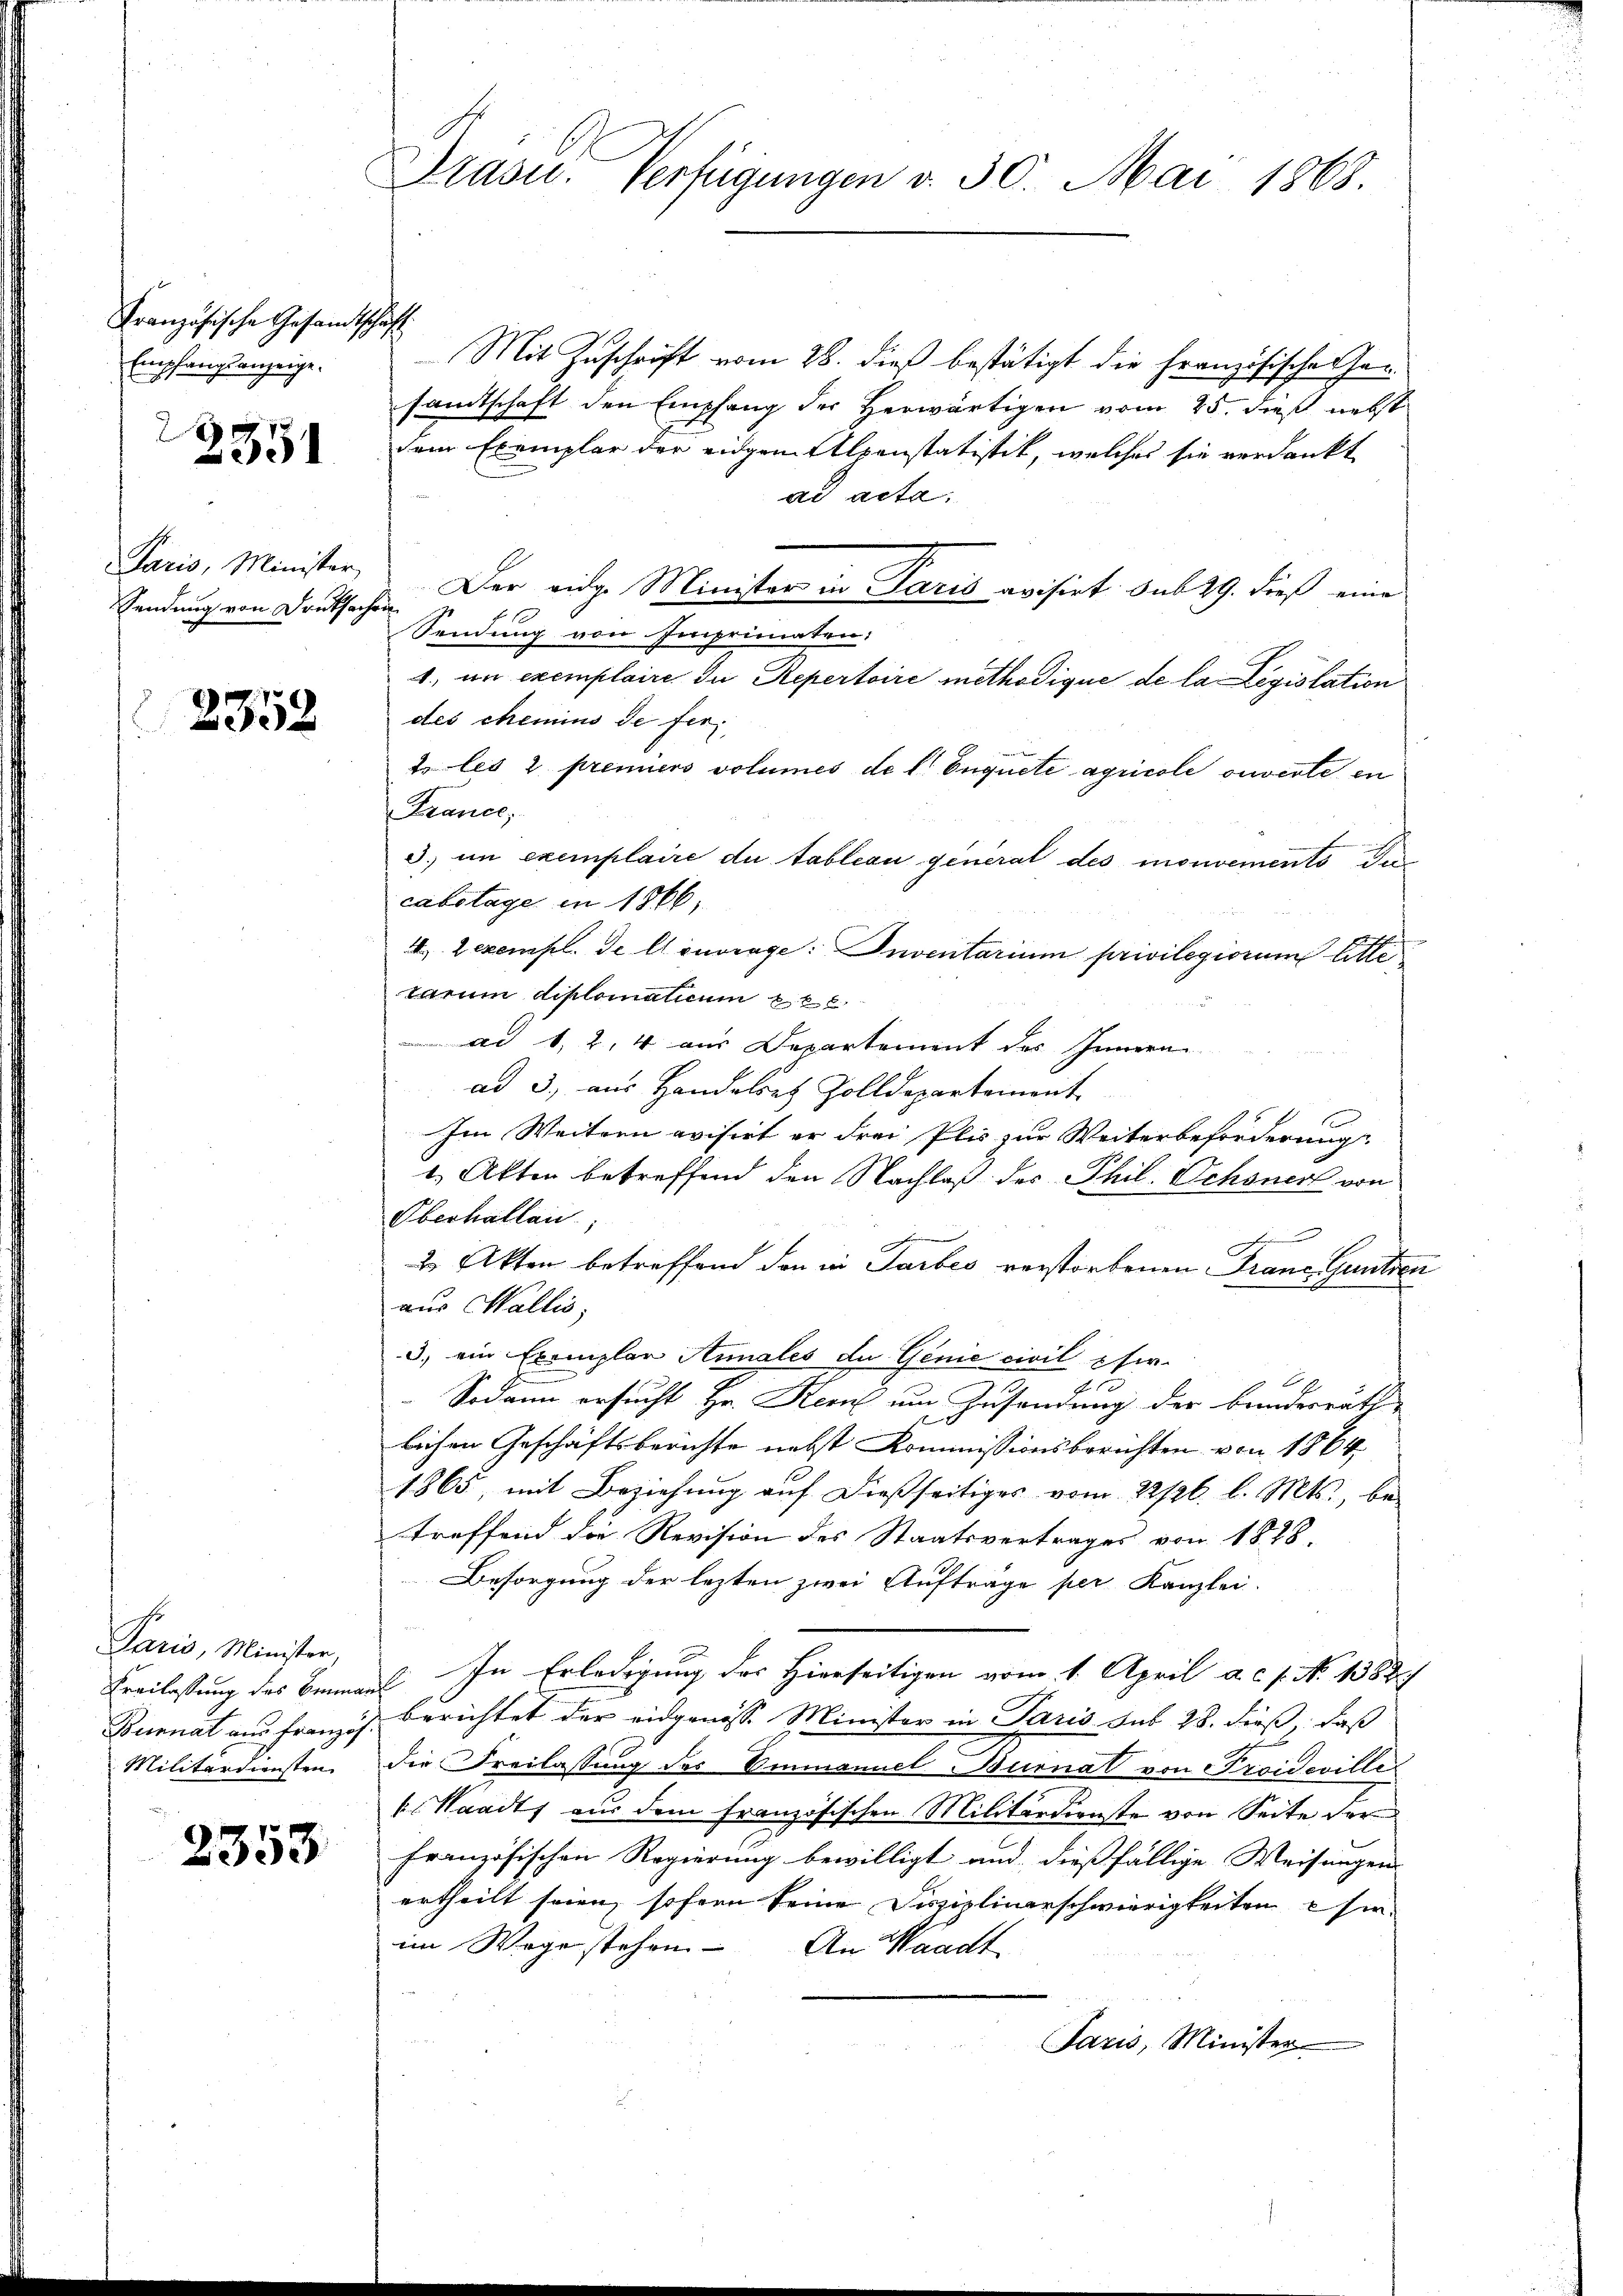
Französische Gesandtschäft
Empfangsanzeige.

3351

Paris, Minister,
Sendung von Druksar

2358

Paris, Minister,
Freilassung des Einna
Bunnat aus Französ
Militärdiensten.

2353

Präses Verfügungen d. 30. Mai 1863.

Mit Zuschrift vom 28. dieß bestätigt die französische Gen
samtschaft den Empfang der Herwärtigen vom 25. dieß nebst
dem Exemplar der eidgen Alpenstatistik, welches sie verdankt
ad acta.
Der eidge Minister in Paris avisirt. sub 29. dieß eine
bor
Sendung von Imprimaten:
1. in exemplaire du Repertoire methodique de la Legislation
des chemins de fer¬
2 les 2 premiers votumes de l. Enquete agricole ouverte in
Krance,
3.) in exemplaire du tableau general des mouvements das
cabstage in 1866,
Zexempl. de louvrage: Inventarium privilegiorum bitte
tarum diplomaticum pe
ad 1, 2, 4 aus Departement des Innern
ad 3., aus Handelres Zolldepartement
Im Weitern evisirt er drei Plis zur Weiterbeförderung
1.) Akten betreffend den Nachlaß des Phil. Schoner von
Oberhallen;
u Akten betreffend den in Taubes verstorbenen Franc Gantzen
aus Wallis,
3. ein Exemplar Annales de Genie civil per-
F
.
Sodann ersucht Hr. Keel um Zusendung der Banderrath
lichen Geschäftsberichte nebst Kommissionsberichten von 1864.
1865, mit Beziehung auf dießseitiges vom 22/26. l. Mts., be
treffend die Revision des Staatsvertrages von 1828.
Besorgung der lezten zwei Aufträge per Kanzlei-
l. In Erledigung des Hierseitigen vom 1. April a. c. s. No 1382
berichtet der eidgenosse Minister in Paris sub 28. dieß, daß
die Freilassung des Emmanuel Burnal von Proidevilli
k. Waadt aus dem französischen Militärdienste von Seite der
französischen Regierung bewilligt und dießfällige Weisungen
ertheilt seien, sofern seine Disziplinarschwierigkeiten hin
im Wege stehen. An Waadt
Jaris, Minister